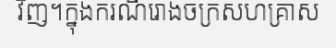
វិញ។ក្នុងករណីរោងចក្រសហគ្រាស